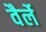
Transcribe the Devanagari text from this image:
वैर्ले